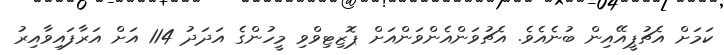
ކަމަށް އެޗުޕީއޭއިން ބުނެއެވެ. އެޗުވަންއެންވަންއަށް ޕޮޒިޓިވްވި މީހުންގެ އަދަދު 114 އަށް އަރާފައިވާއިރު